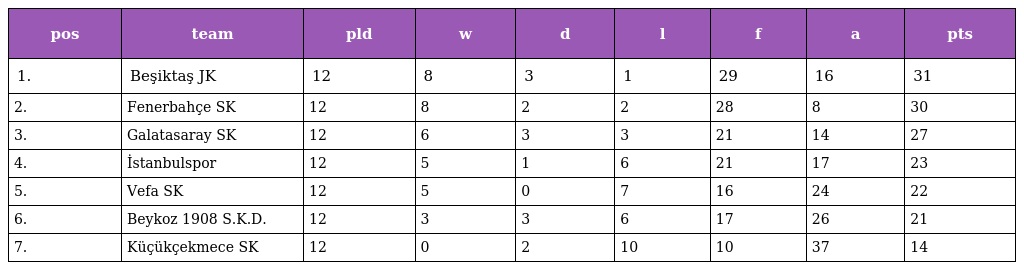
| pos | team | pld | w | d | l | f | a | pts |
 | --- | --- | --- | --- | --- | --- | --- | --- | --- |
 | 1. | Beşiktaş JK | 12 | 8 | 3 | 1 | 29 | 16 | 31 |
 | 2. | Fenerbahçe SK | 12 | 8 | 2 | 2 | 28 | 8 | 30 |
 | 3. | Galatasaray SK | 12 | 6 | 3 | 3 | 21 | 14 | 27 |
 | 4. | İstanbulspor | 12 | 5 | 1 | 6 | 21 | 17 | 23 |
 | 5. | Vefa SK | 12 | 5 | 0 | 7 | 16 | 24 | 22 |
 | 6. | Beykoz 1908 S.K.D. | 12 | 3 | 3 | 6 | 17 | 26 | 21 |
 | 7. | Küçükçekmece SK | 12 | 0 | 2 | 10 | 10 | 37 | 14 |